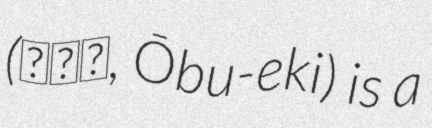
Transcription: (大府駅, Ōbu-eki) is a